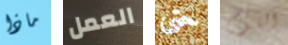
ماذا العمل حتى اللوم